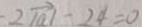
2 \vert \overrightarrow { a } \vert - 2 4 = 0